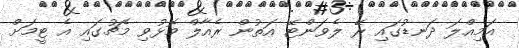
އަމިއްލަ ދަނޑުގައި ރޭ ލެވަންޓޭ އަތުން ރެއާލް މޮޅުވި މެޗުގައި އެ ޓީމަށް